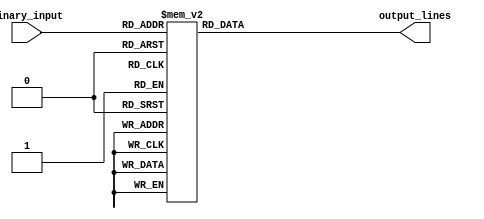
module octal_decoder(
    input [2:0] binary_input,
    output reg [7:0] output_lines
);

always @(*)
    case(binary_input)
        3'b000: output_lines = 8'b00000001; //output line 0 is active
        3'b001: output_lines = 8'b00000010; //output line 1 is active
        3'b010: output_lines = 8'b00000100; //output line 2 is active
        3'b011: output_lines = 8'b00001000; //output line 3 is active
        3'b100: output_lines = 8'b00010000; //output line 4 is active
        3'b101: output_lines = 8'b00100000; //output line 5 is active
        3'b110: output_lines = 8'b01000000; //output line 6 is active
        3'b111: output_lines = 8'b10000000; //output line 7 is active
    endcase

endmodule